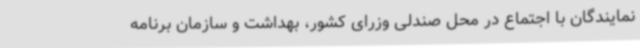
نمایندگان با اجتماع در محل صندلی وزرای کشور، بهداشت و سازمان برنامه